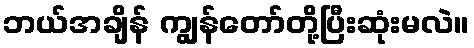
ဘယ်အချိန် ကျွန်တော်တို့ပြီးဆုံးမလဲ။